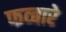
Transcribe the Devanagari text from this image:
फव्‍बारे